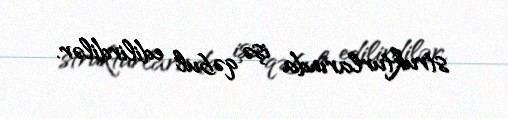
strukturlarında işə qəbul edilirdilər.